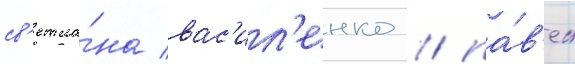
св'етла́на вас'ил'енко / па́в'ел